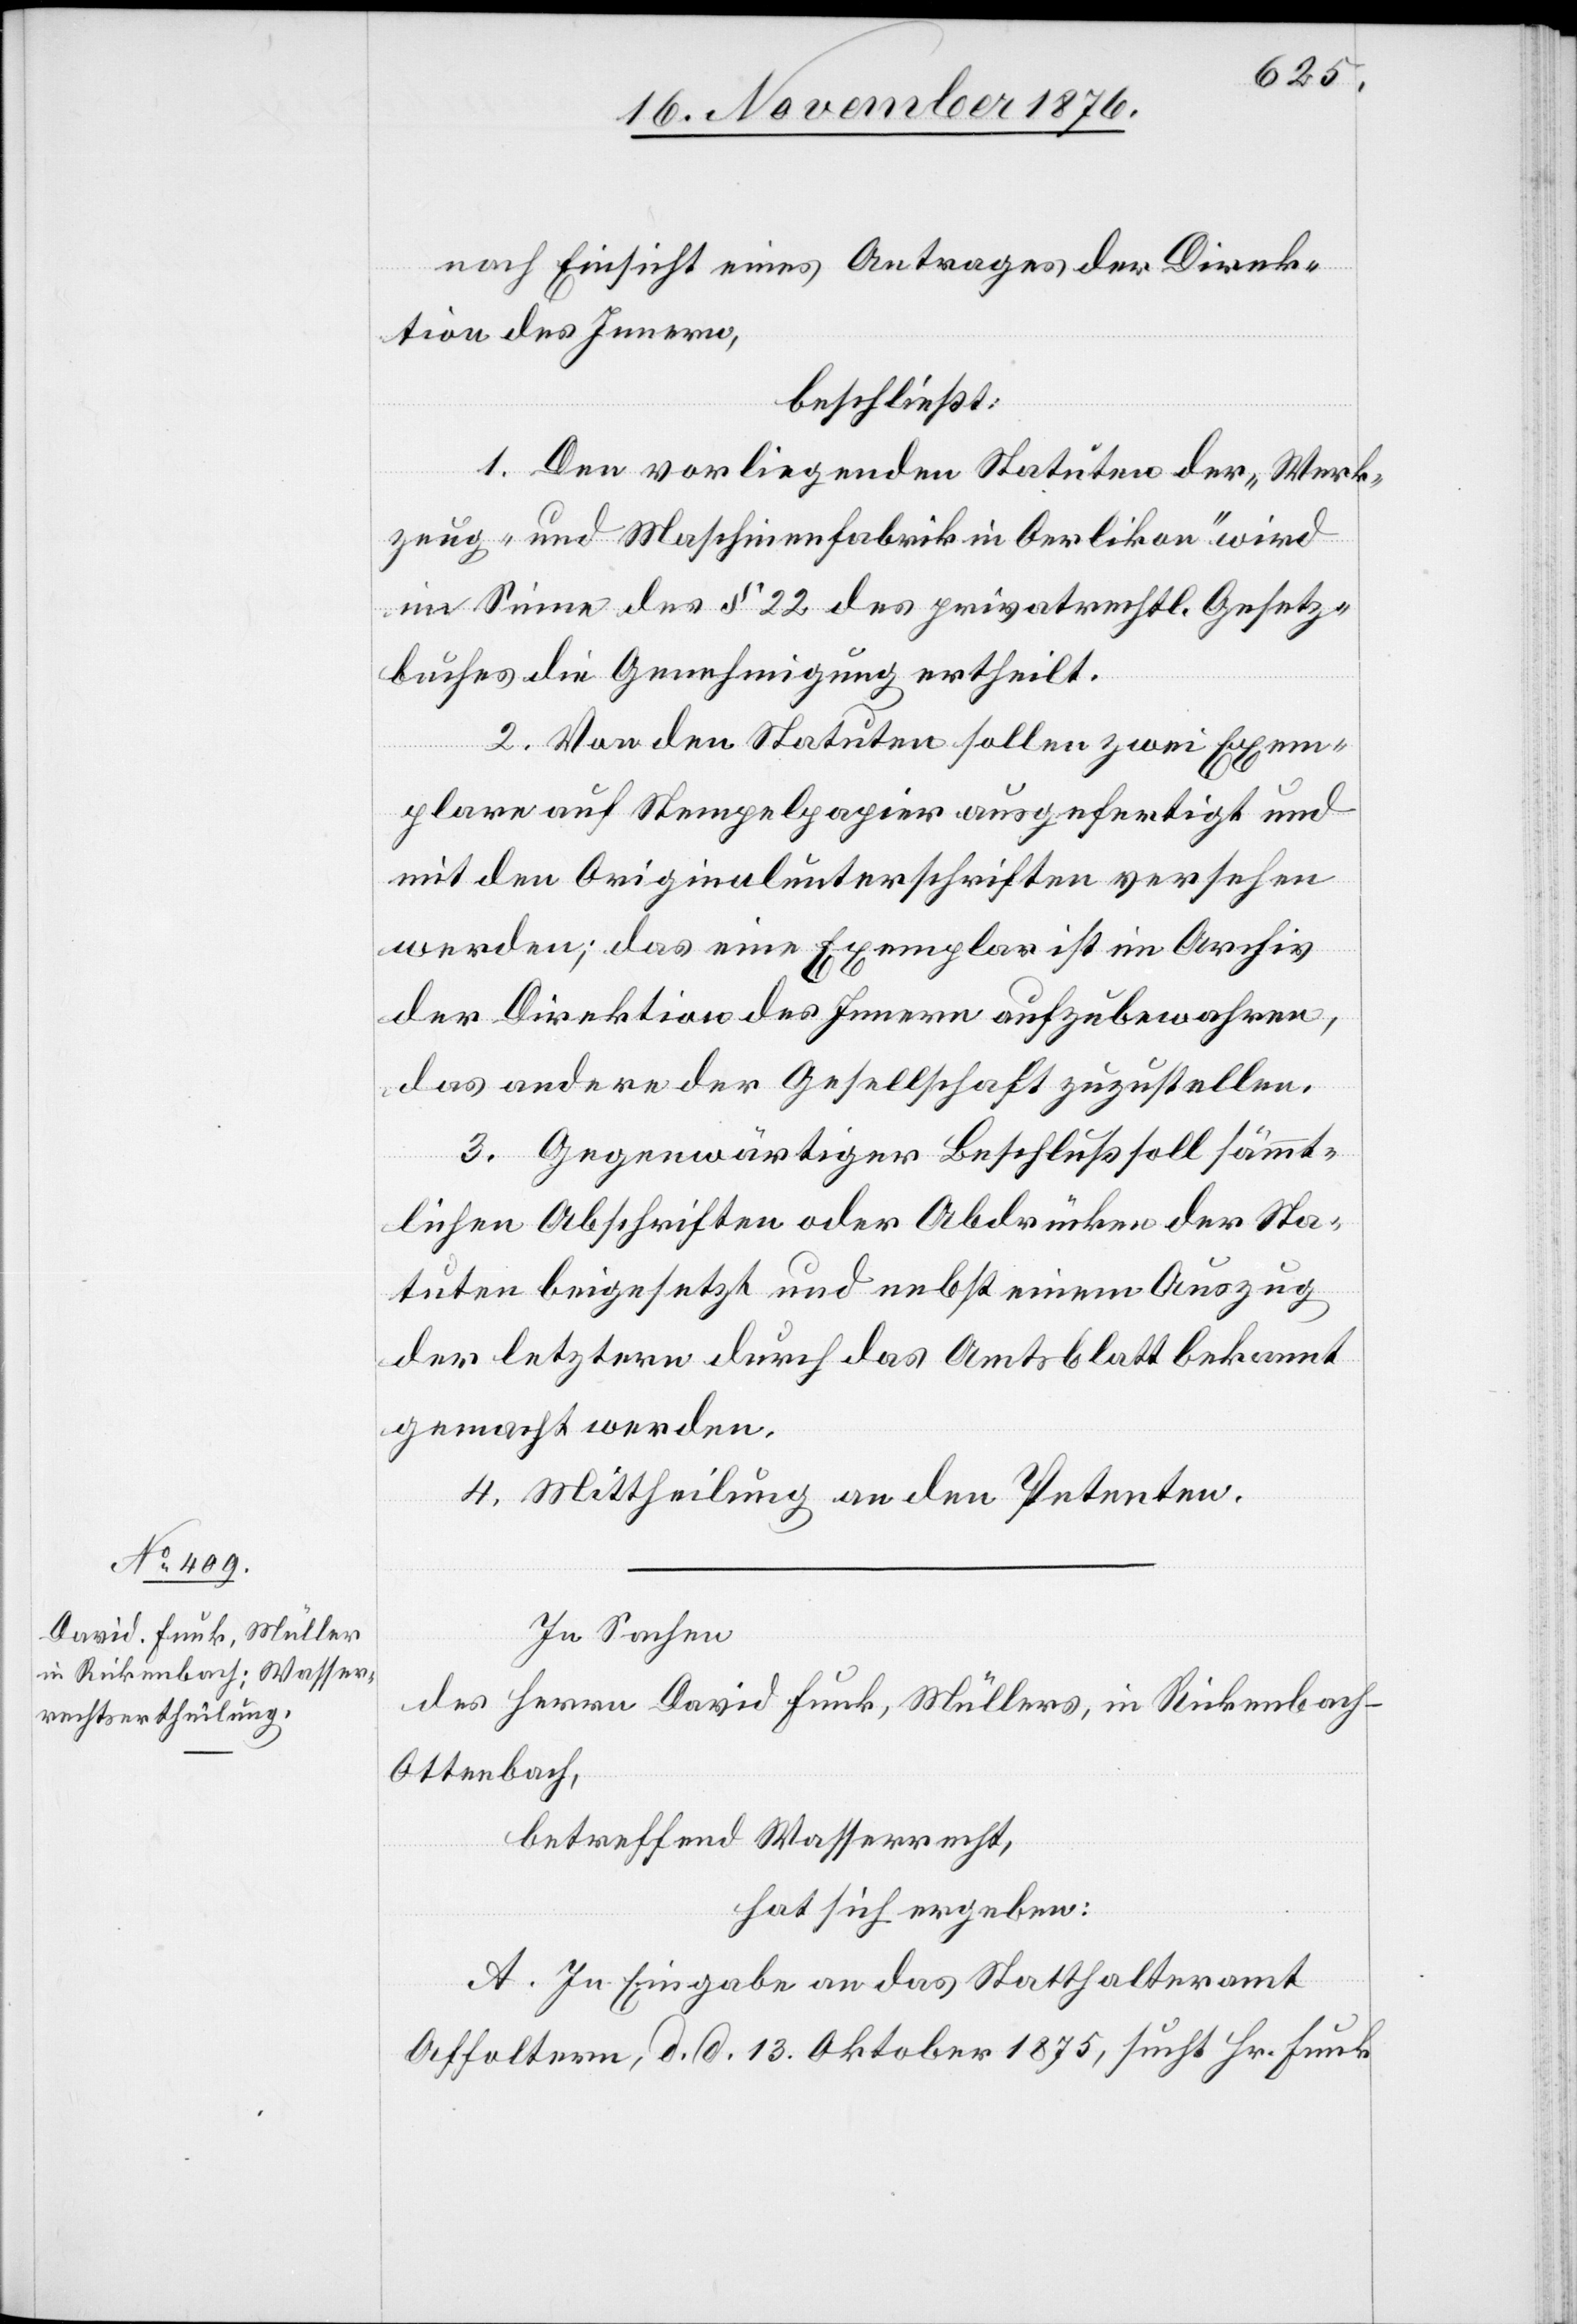
nach Einsicht eines Antrages der Direk¬
tion des Innern,
beschließt:
1. Den vorliegenden Statuten der „Werk¬
zeug- und Maschinenfabrik Oerlikon“ wird
im Sinne des 1 22 des privatrechtl. Gesetz¬
buches die Genehmigung ertheilt.
2. Von den Statuten sollen zwei Exem¬
plare auf Stempelpapier ausgefertigt und
mit den Originalunterschriften versehen
werden; das eine Exemplar ist im Archiv
der Direktion des Innern aufzubewahren,
das andere der Gesellschaft zuzustellen.
3. Gegenwärtiger Beschluß soll sämmt¬
lichen Abschriften oder Abdrücken der Sta¬
tuten beigesetzt und nebst einem Auszug
der letztern durch das Amtsblatt bekannt
gemacht werden.
4. Mittheilung an den Petenten.
In Sachen
des Herrn David Funk, Müllers, in Rickenbach -
Ottenbach,
betreffend Wasserrecht,
hat sich ergeben:
A: In Eingabe an das Statthalteramt
Affoltern, d. d. 13. Oktober 1875, sucht Hr. Funk